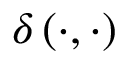
\delta \left( \cdot , \cdot \right)